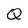
Character: Q